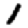
Digit: 1